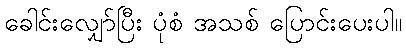
ခေါင်းလျှော်ပြီး ပုံစံ အသစ် ပြောင်းပေးပါ။